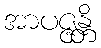
အာပဇ္ဇန္တိ